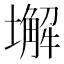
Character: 𱘆